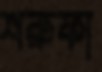
শরুফা